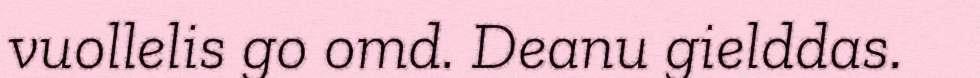
vuollelis go omd. Deanu gielddas.